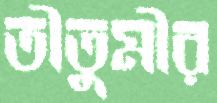
তীতুমীর